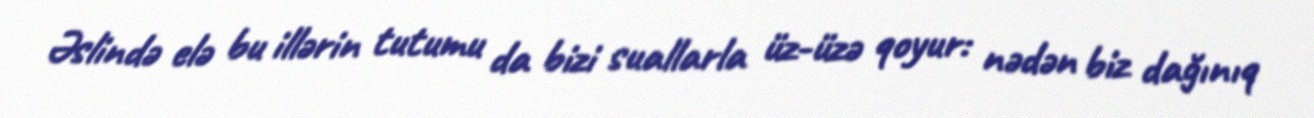
Əslində elə bu illərin tutumu da bizi suallarla üz-üzə qoyur: nədən biz dağınıq